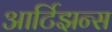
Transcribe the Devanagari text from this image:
आर्टिझन्स